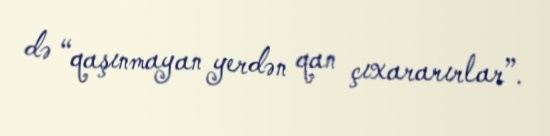
də “qaşınmayan yerdən qan çıxararırlar”.